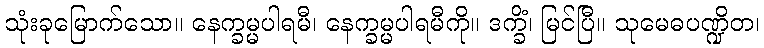
သုံးခုမြောက်သော။ နေက္ခမ္မပါရမီ၊ နေက္ခမ္မပါရမီကို။ ဒက္ခိံ၊ မြင်ပြီ။ သုမေဓပဏ္ဍိတ၊